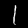
Digit: 1